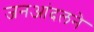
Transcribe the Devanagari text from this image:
जनआंदलने